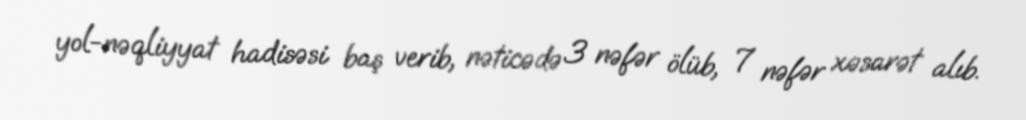
yol-nəqliyyat hadisəsi baş verib, nəticədə 3 nəfər ölüb, 7 nəfər xəsarət alıb.